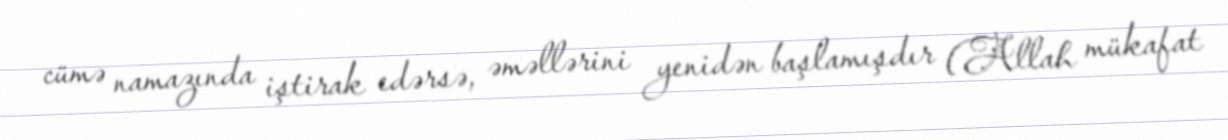
cümə namazında iştirak edərsə, əməllərini yenidən başlamışdır (Allah mükafat